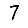
Digit: 7